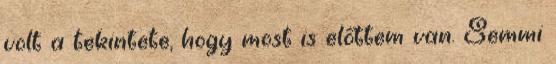
volt a tekintete, hogy most is előttem van. Semmi